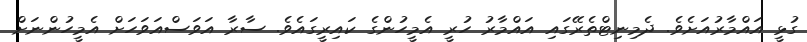
ގުޅީ އައްމާރުއަށެވެ. ދެމިނިޓްތެރޭގައި އައްމާރު ހުރީ އެމީހުންގެ ކައިރީގައެވެ. ސާރާ އަވަސްއަވަހަށް އެމީހުންނަށް